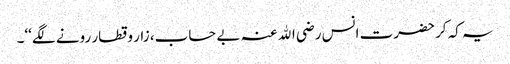
یہ کہ کر حضرت انس رضی اﷲ عنہ بے حساب، زار و قطار رونے لگے‘‘۔